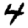
Digit: 4